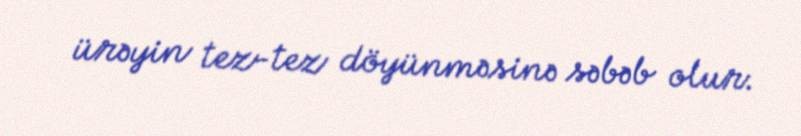
ürəyin tez-tez döyünməsinə səbəb olur.